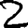
Digit: 2